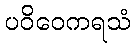
ပဝိဝေကရသံ